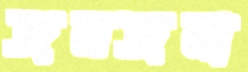
জমজমা